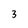
Character: 3